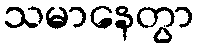
သမာနေတွာ